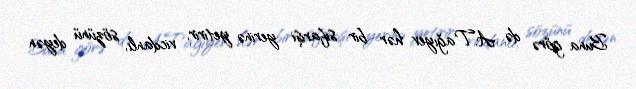
Buna görə də A.Tağıyev hər bir sifarişi yerinə yetirir, vicdanlı, sözünü deyən